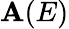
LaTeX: \mathbf{A}(E)